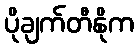
ပိုချက်တီနိုက